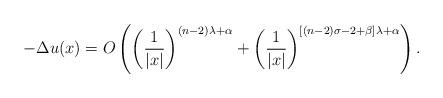
LaTeX: \begin{align*} -\Delta u(x)=O\left( \left(\frac{1}{|x|}\right)^{(n-2)\lambda+\alpha} +\left(\frac{1}{|x|}\right)^{[(n-2)\sigma-2+\beta]\lambda+\alpha} \right). \end{align*}